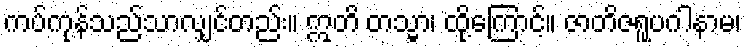
ကပ်ကုန်သည်သာလျှင်တည်း။ ဣတိ တသ္မာ၊ ထို့ကြောင့်။ ဇာတိဇရူပဂါနာမ၊